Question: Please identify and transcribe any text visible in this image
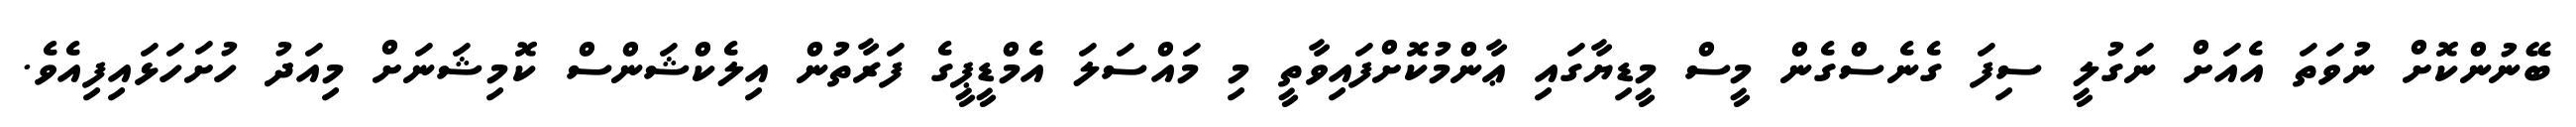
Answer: ބޭނުންކޮށް ނުވަތަ އެއަށް ނަގުލީ ސިފަ ގެނެސްގެން މީސް މީޑިޔާގައި ޢާންމުކޮށްފައިވާތީ މި މައްސަލަ އެމްޑީޕީގެ ފަރާތުން އިލެކްޝަންސް ކޮމިޝަނަށް މިއަދު ހުށަހަޅައިފިއެވެ.